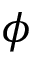
\phi